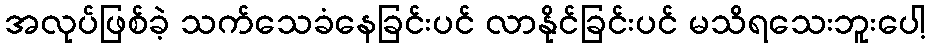
အလုပ်ဖြစ်ခဲ့ သက်သေခံနေခြင်းပင် လာနိုင်ခြင်းပင် မသိရသေးဘူးပေါ့